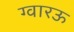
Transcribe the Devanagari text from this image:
ग्वारऊ